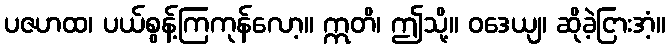
ပဇဟထ၊ ပယ်စွန့်ကြကုန်လော့။ ဣတိ၊ ဤသို့။ ဝဒေယျ၊ ဆိုခဲ့ငြားအံ့။